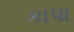
કાપા